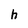
Character: h